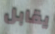
يقابل